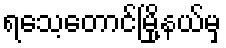
ရသေ့တောင်မြို့နယ်မှ